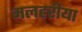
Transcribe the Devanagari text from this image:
मलहरीया